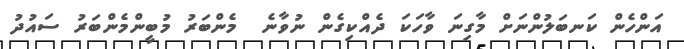
އަންހެން ކަނބަލުންނަށް މާގިނަ ވާހަކަ ދެއްކިގެން ނުވާނެ  މެންބަރު މުބީންމެންބަރު ސައުދު